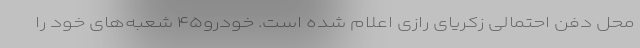
محل دفنِ احتمالی زکریای رازی اعلام شده است. خودرو۴۵ شعبه‌های خود را